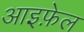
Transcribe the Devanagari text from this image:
आइफ़ेल